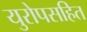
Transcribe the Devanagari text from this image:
युरोपसहित